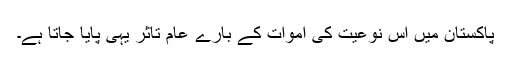
پاکستان میں اس نوعیت کی اموات کے بارے عام تاثر یہی پایا جاتا ہے۔